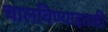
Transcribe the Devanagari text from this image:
चालविण्याइतकी